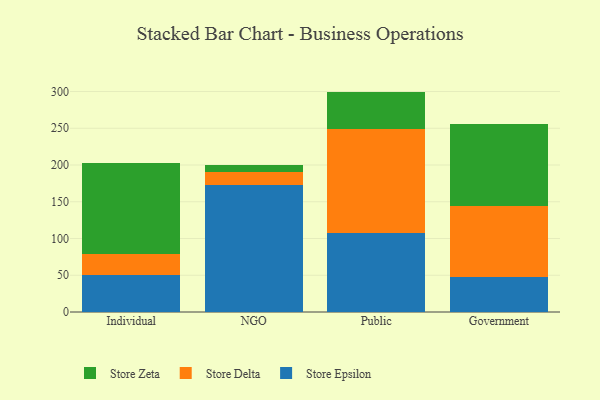
{"axis": {"x": "Segment", "y": "Churn Rate (%)"}, "legend": ["Store Delta", "Store Epsilon", "Store Zeta"], "data": [{"x": "Individual", "y": 49.7, "type": "Store Epsilon"}, {"x": "Individual", "y": 28.9, "type": "Store Delta"}, {"x": "Individual", "y": 124.4, "type": "Store Zeta"}, {"x": "NGO", "y": 173.3, "type": "Store Epsilon"}, {"x": "NGO", "y": 17.4, "type": "Store Delta"}, {"x": "NGO", "y": 9.4, "type": "Store Zeta"}, {"x": "Public", "y": 107.8, "type": "Store Epsilon"}, {"x": "Public", "y": 141.2, "type": "Store Delta"}, {"x": "Public", "y": 50.9, "type": "Store Zeta"}, {"x": "Government", "y": 47.4, "type": "Store Epsilon"}, {"x": "Government", "y": 97.4, "type": "Store Delta"}, {"x": "Government", "y": 111.0, "type": "Store Zeta"}]}